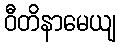
ဝီတိနာမေယျ